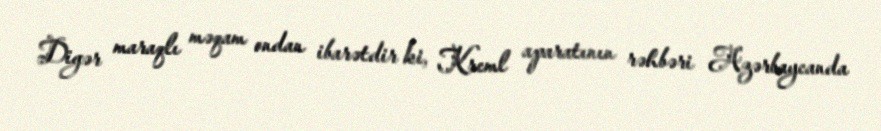
Digər maraqlı məqam ondan ibarətdir ki, Kreml aparatının rəhbəri Azərbaycanda